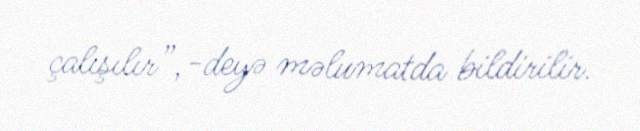
çalışılır”,-deyə məlumatda bildirilir.